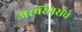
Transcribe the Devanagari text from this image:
अस्पॅरॅगसचे